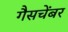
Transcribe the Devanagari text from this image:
गैसचेंबर